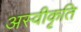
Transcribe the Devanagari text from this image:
अस्‍वीकृति